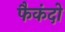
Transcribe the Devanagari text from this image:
फैकंदो